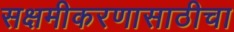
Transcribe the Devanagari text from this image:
सक्षमीकरणासाठीचा